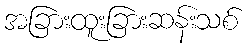
အခြားထူးခြားဆန်းသစ်